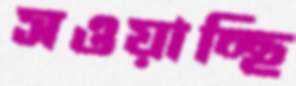
সওয়াচ্ছি